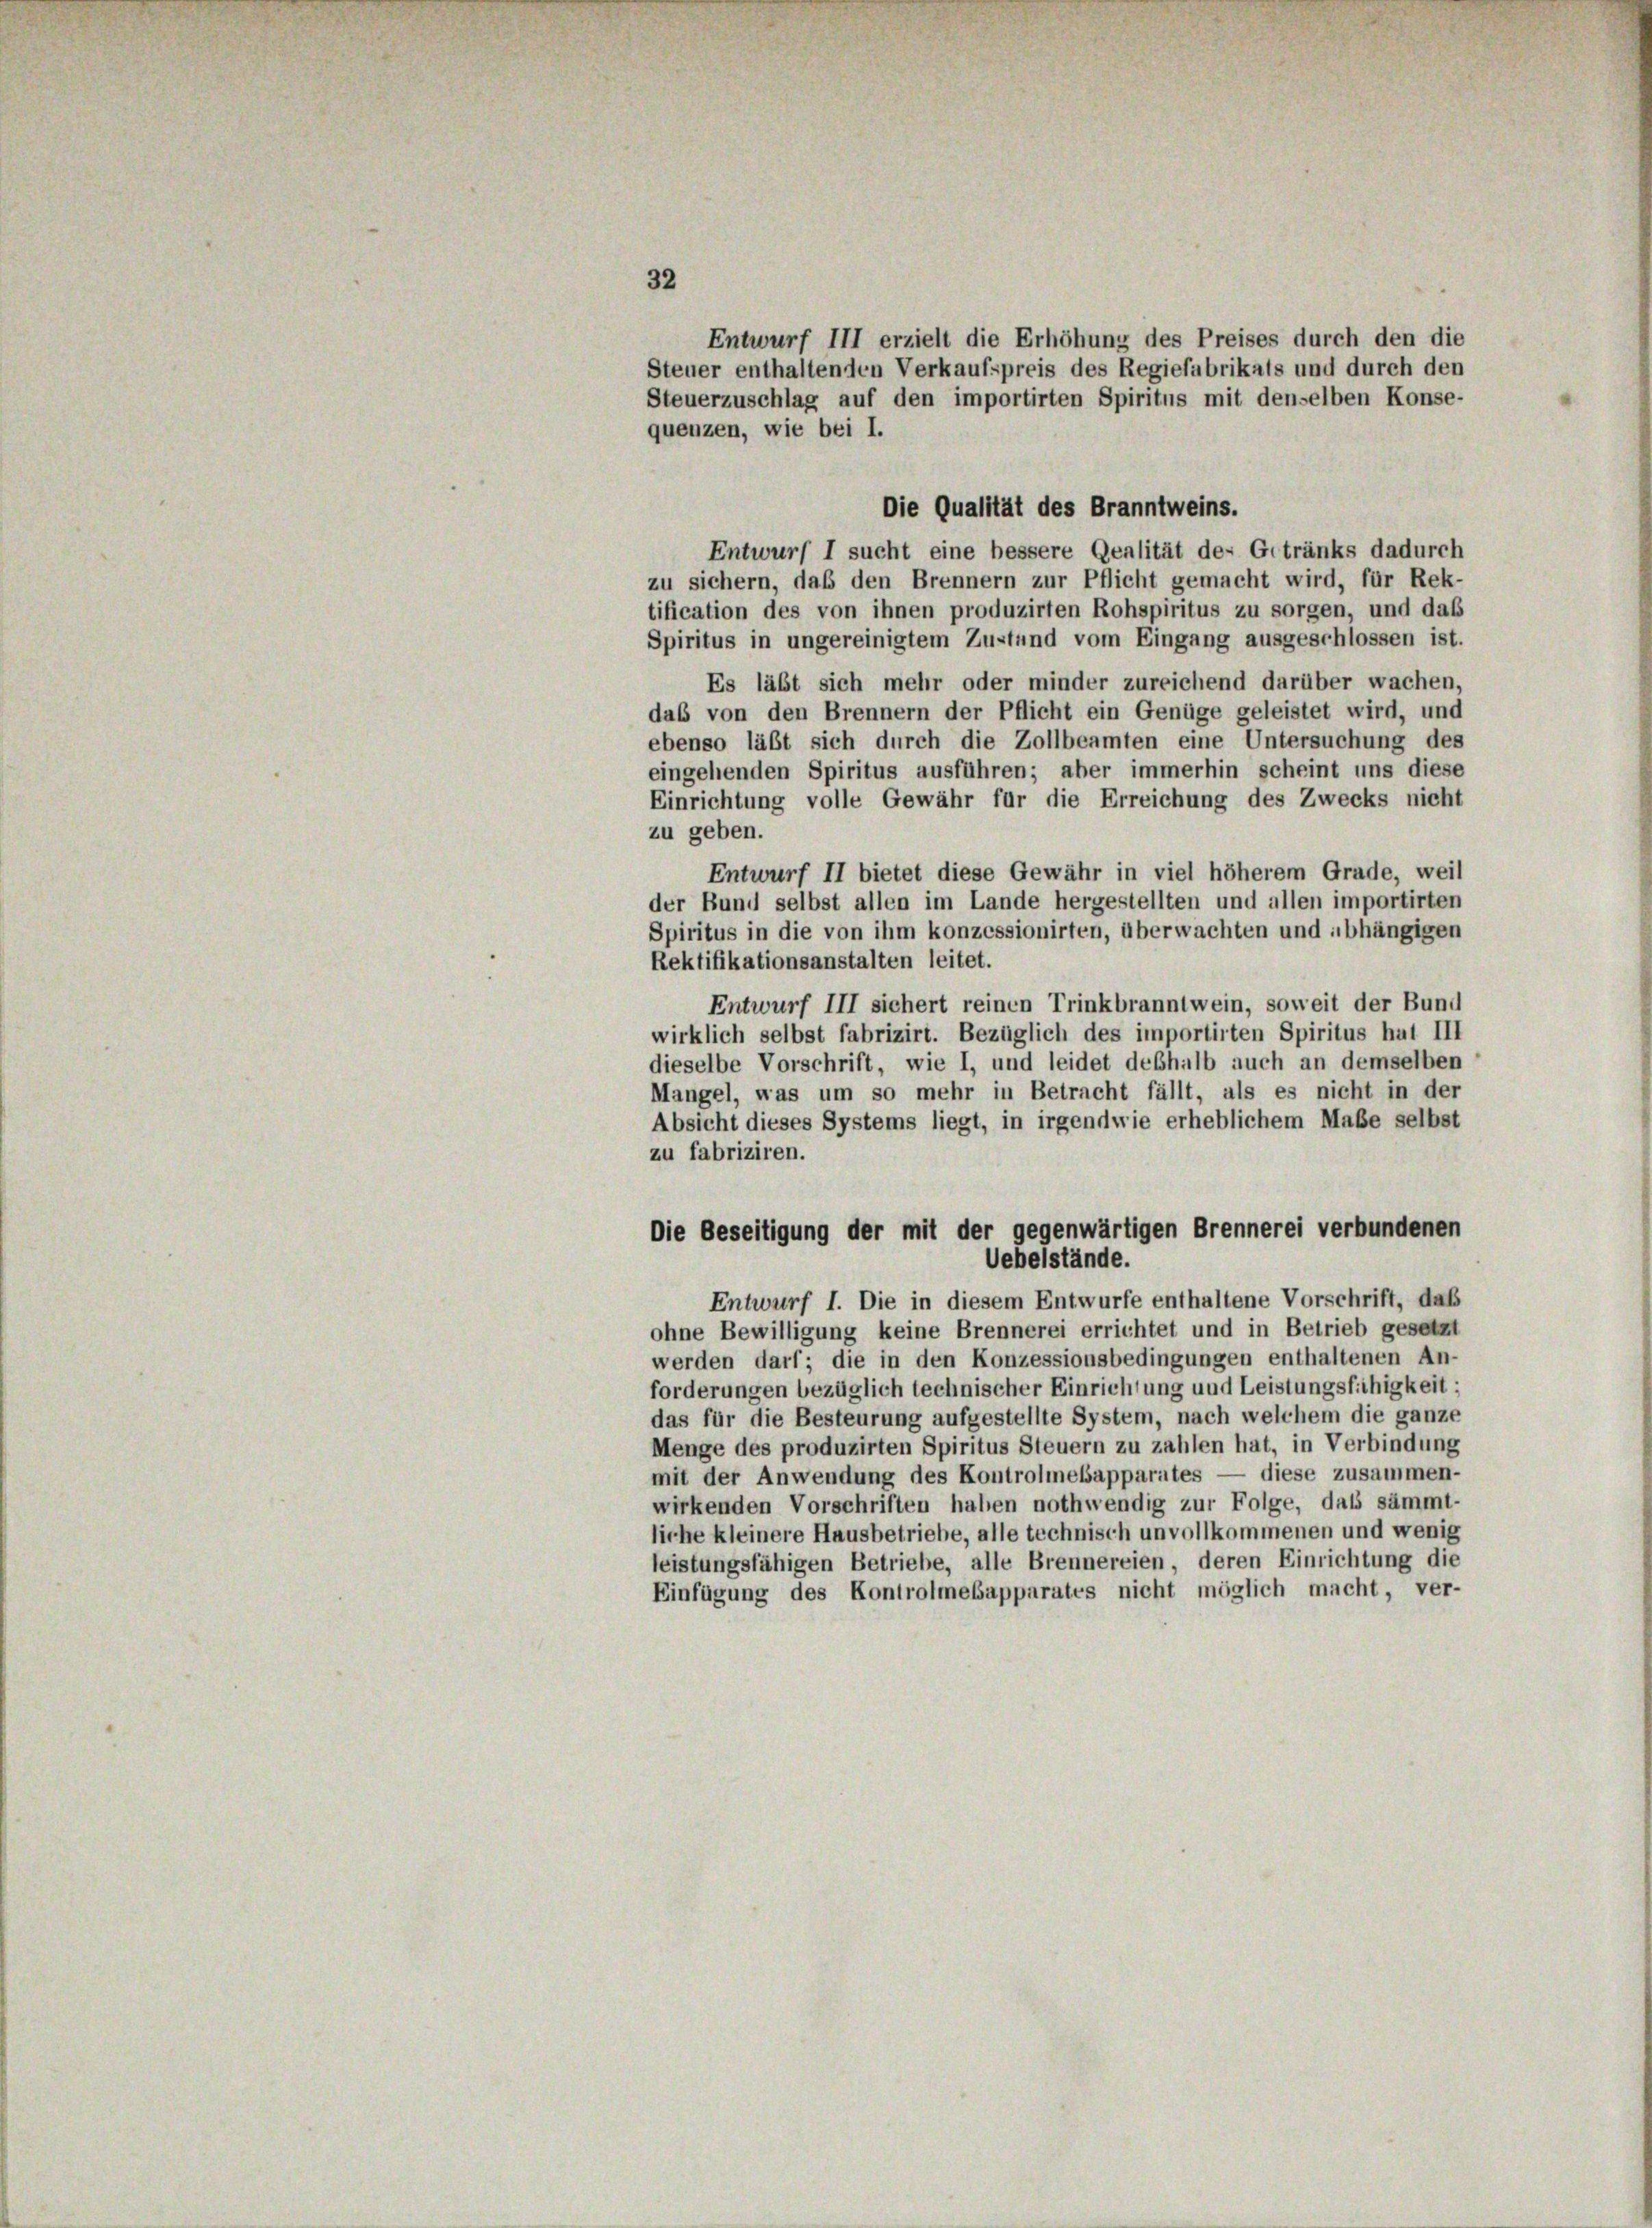
Entwurf III erzielt die Erhöhung des Preises durch den die
Steuer enthaltenden Verkaufspreis des Regiefabrikats und durch den
Steuerzuschlag auf den importirten Spiritus mit denselben Konse-
Die Qualität des Branntweins.
Entwurf I sucht eine bessere Qealität des Getränks dadurch
zu sichern, daß den Brennern zur Pflicht gemacht wird, für Rek-
tification des von ihnen produzirten Rohspiritus zu sorgen, und das
Spiritus in ungereinigtem Zustand vom Eingang ausgeschlossen ist.
Es läßt sich mehr oder minder zureichend darüber wachen,
das von den Brennern der Pflicht ein Genüge geleistet wird, und
ebenso läßt sich durch die Zollbeamten eine Untersuchung des
eingehenden Spiritus ausführen; aber immerhin scheint uns diese
Einrichtung volle Gewähr für die Erreichung des Zwecks nicht
zu geben.
Entwurf II bietet diese Gewähr in viel höherem Grade, weil
der Bund selbst allen im Lande hergestellten und allen importirten
Spiritus in die von ihm konzessionirten, überwachten und abhängigen
Rektifikationsanstalten leitet.
Entwurf III sichert reinen Trinkbranntwein, soweit der Bund
wirklich selbst fabrizirt. Bezüglich des importirten Spiritus hat III
dieselbe Vorschrift, wie I, und leidet deshalb auch an demselben
Mangel, was um so mehr in Betracht fällt, als es nicht in der
Absicht dieses Systems liegt, in irgendwie erheblichem Maße selbst
zu fabriziren.
Die Beseitigung der mit der gegenwärtigen Brennerei verbundenen
Uebelstände.
Entwurf I. Die in diesem Entwurfe enthaltene Vorschrift, daß
ohne Bewilligung keine Brennerei errichtet und in Betrieb gesetzt
werden darf; die in den Konzessionsbedingungen enthaltenen An-
forderungen bezüglich technischer Einrichtung und Leistungsfähigkeit;
das für die Besteurung aufgestellte System, nach welchem die ganze
Menge des produzirten Spiritus Steuern zu zahlen hat, in Verbindung
mit der Anwendung des Kontrolmesapparates — diese zusammen-
wirkenden Vorschriften haben nothwendig zur Folge, das sämmt-
liche kleinere Hausbetriebe, alle technisch unvollkommenen und wenig
leistungsfähigen Betriebe, alle Brennereien, deren Einrichtung die
Einfügung des Kontrolmebapparates nicht möglich macht, ver-

32

quenzen, wie bei I.